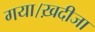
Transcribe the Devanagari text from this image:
गया।ख़दीजा